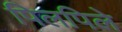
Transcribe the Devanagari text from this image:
पिलपिले